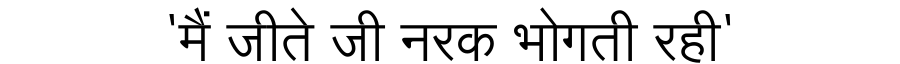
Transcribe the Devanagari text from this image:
'मैं जीते जी नरक भोगती रही'